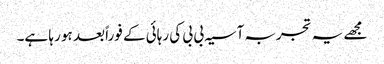
مجھے یہ تجربہ آسیہ بی بی کی رہائی کے فوراً بعد ہو رہا ہے۔